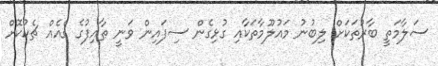
ސަލާމަތީ ބާރުތަކަށް ލިބުނު މައުލޫމާތަކާއި ގުޅިގެން ސިފައިން ވަނީ ޠާއިފުގެ ގެއެއް ޗެކުކޮށް